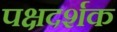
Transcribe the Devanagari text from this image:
पक्षदर्शक